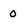
Character: 0